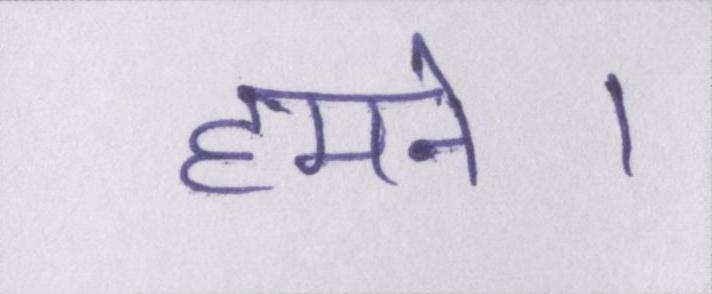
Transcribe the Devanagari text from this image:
हमने।